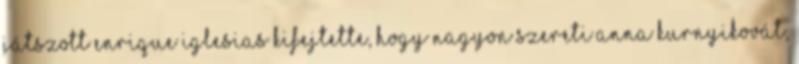
játszott Enrique Iglesias kifejtette, hogy nagyon szereti Anna Kurnyikovát,